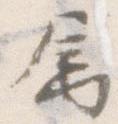
属